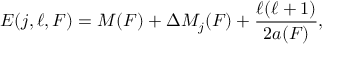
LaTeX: E ( j , \ell , F ) = M ( F ) + \Delta M _ { j } ( F ) + { \frac { \ell ( \ell + 1 ) } { 2 a ( F ) } } ,